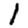
Digit: 1